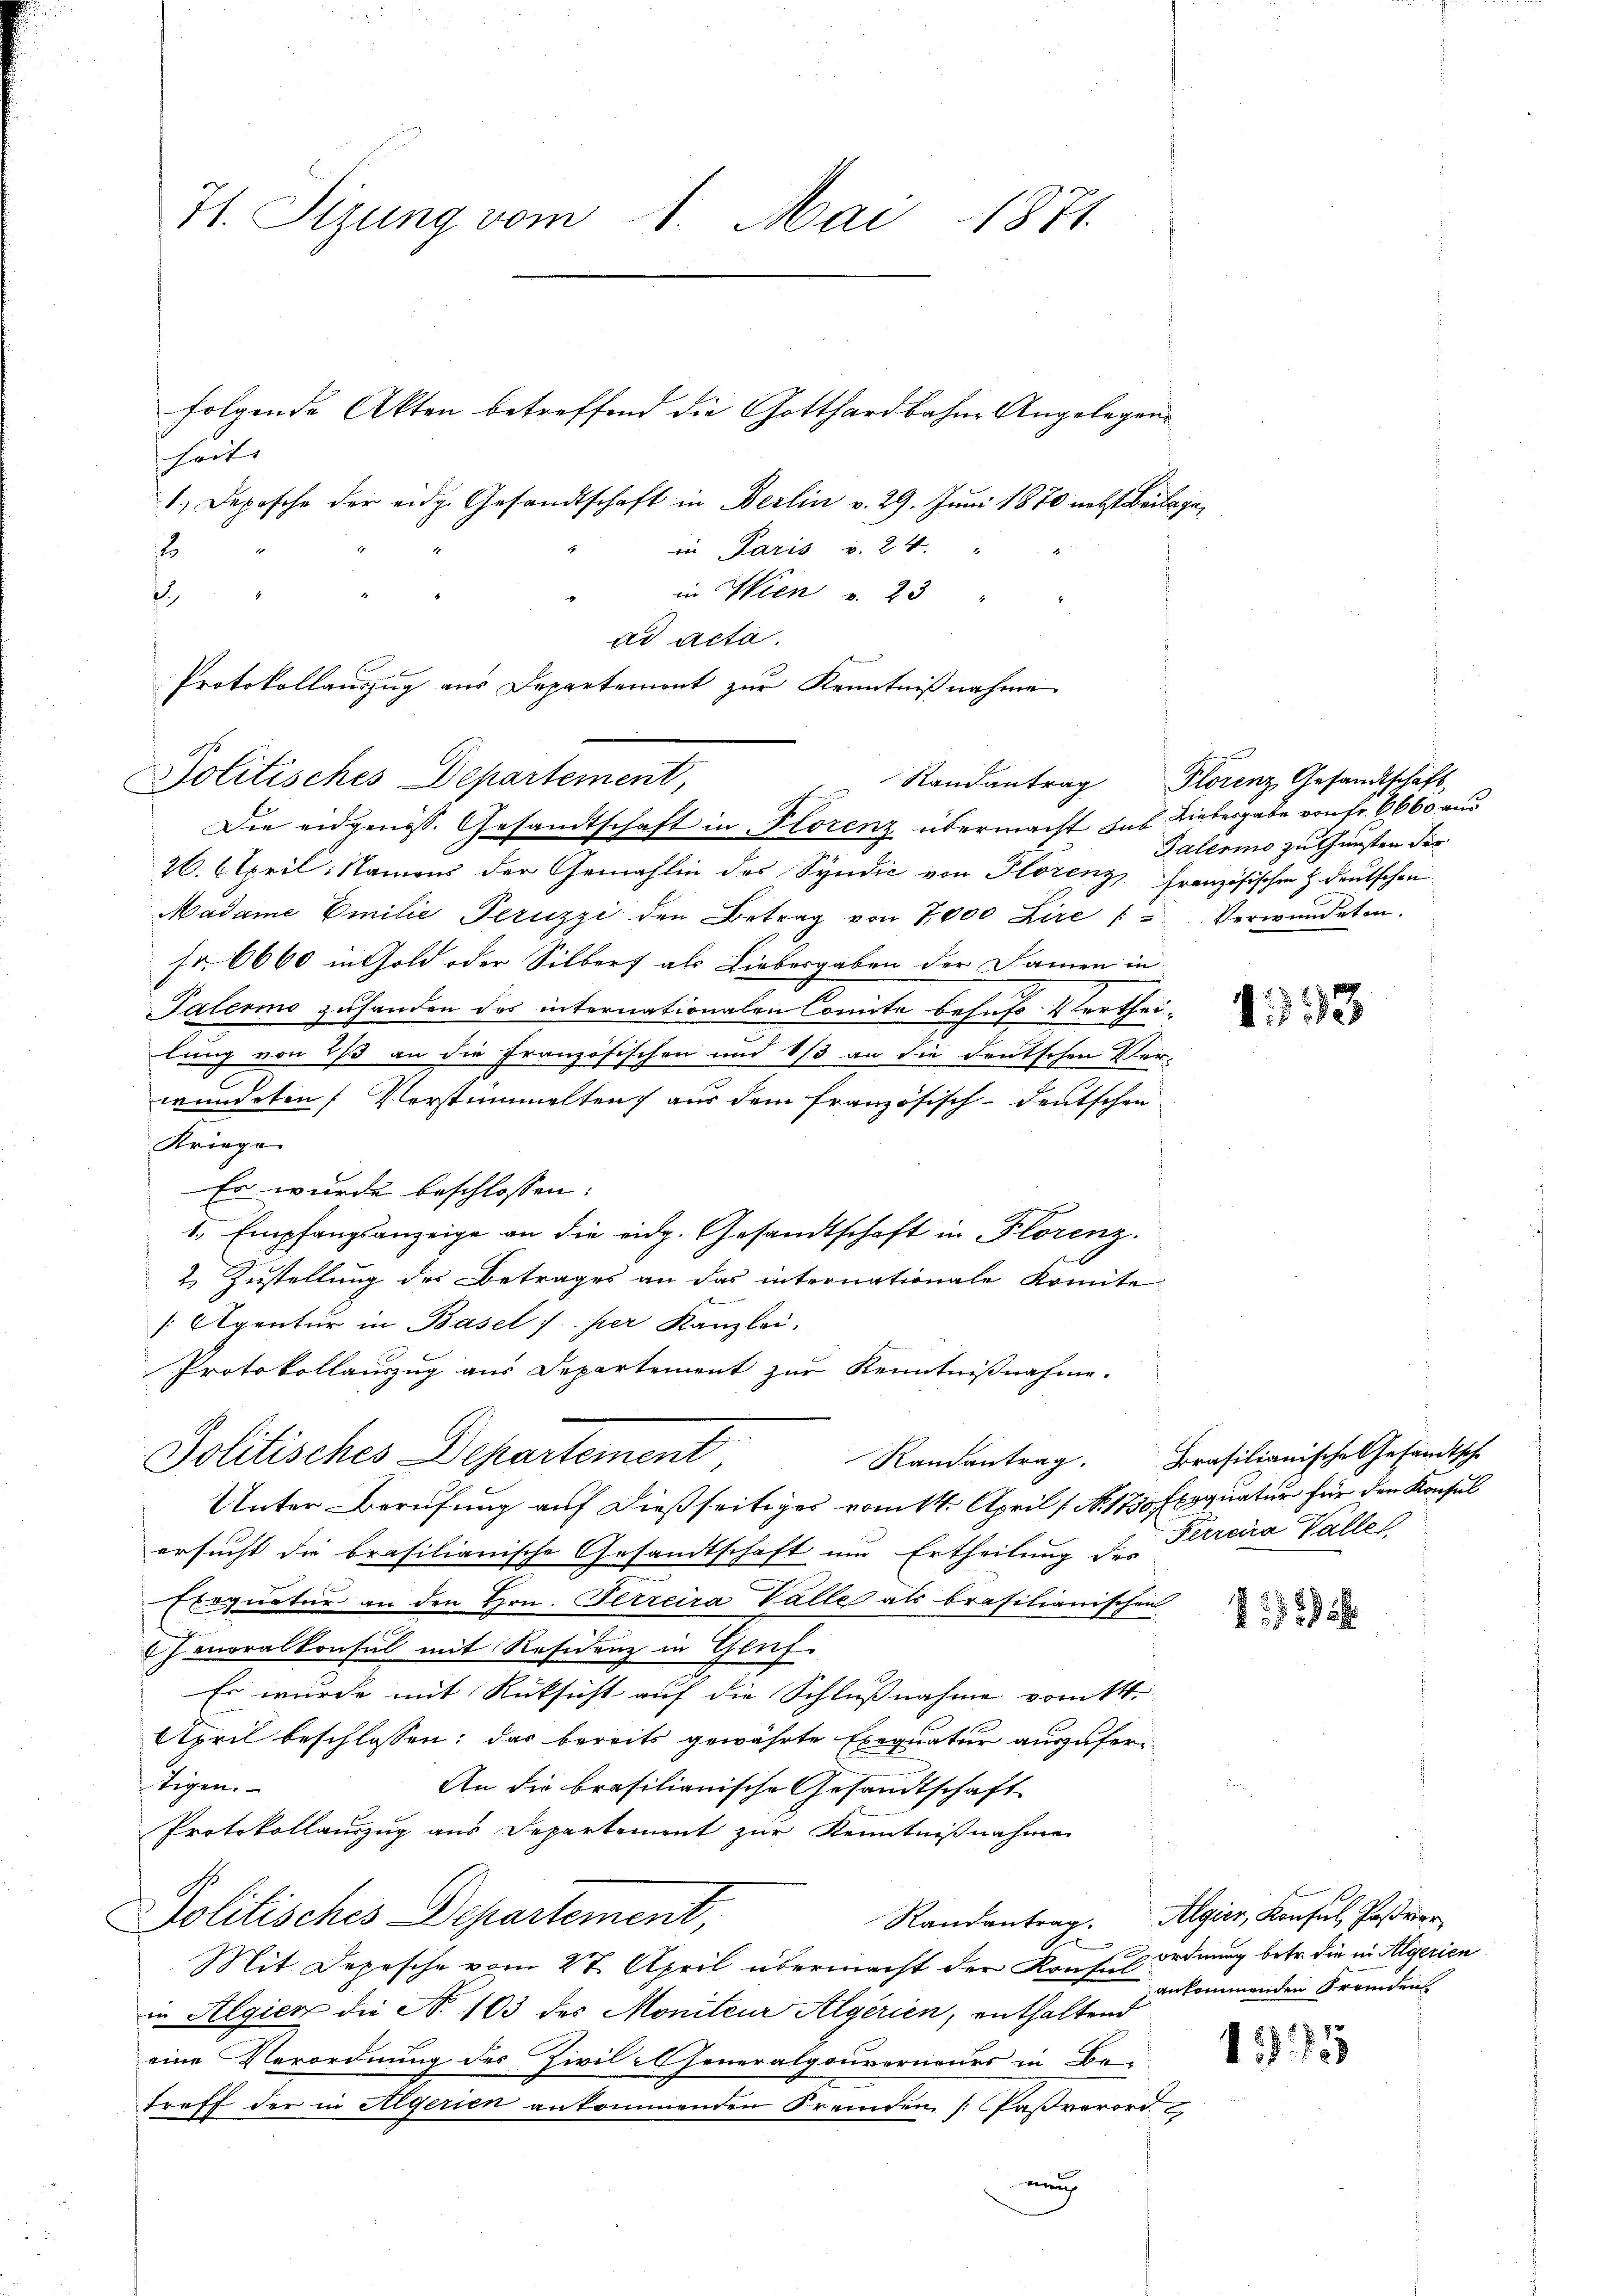
71. Sizung vom 1. Mai 1871.

Politisches Departement,

folgende Akten betreffend die Gotthardbahne Angelegenshorts
1.) Depesche der eidg. Gesandtschaft in Berlin v. 29. Juni 1870 nebst Beilage,
in Paris v. 24.
2
in Wien u. 23 " "
.
ad acta.
Protokollauszug aus Departement zur Kenntnißnahme

Politisches Departement

Die eidgenöss. Gesandtschaft in Florenz übermacht das Liebergabe von Fr. 6663 aus

26. April, Namens der Gemahlin des Syndić von Florenz, französischen & deutschen
Madame Emilie Peruzzi den Betrag von 7,000 Lire / Verwŭndeten.
Fr. 6660 in Gold oder Silbert als Liebergaben der Damen in
Palermo zuhanden das internationalen Comite behufs Verthei-
lung von 2/3 an die Französischen und 1/3 an die deutschen Ver-
wundeten Verstümmelten aus dem französisch-deutschen
Kriege
Es wurde beschlossen:
1. Empfangsanzeige an die eidg. Gesandtschaft in Florenz.
2 Zustellung des Betrages an das internationale Komite
Agentur in Basel s. per Kanzlei.
Protokollauszug aus Departement zur Kenntnißnahme.
Unter Berufung auf dießseitiges vom 14. April (N. 1750 Exequatur für den Konsul
ersucht die brasilianische Gesandtschaft um Ertheilung des
Exequatur an den Hrn. Ferreira Valle als brasilianischen
Generalkonsul mit Residenz in Gluf
Es wurde mit Rücksicht auf die Schlußnahme vom 14.
April beschlossen: das bereits gewährte Exequatur auszufertigen.
An die brasilianische Gesandtschaft
Protokollauszug aus Departement zur Kenntnißnahme
Politisches Departement,
Randantrag.
1
Mit Depesche vom 27. April übermacht der Konf. ordnung betr. die in Algerien
in Algien die N. 103 des Moniteur Algerien, enthaltend
eine Verordnung des Zivil Generalgouverneurs in Be-
treff der in Algerien ankommenden Fremden [Pasverord
auch

" Randantrag Florenz, Gesandtschaft
Galermo zu Gunsten der

4393

Randantrag. Brasilianische Gesandtsche
Perrena Walle

52

Algier, Konsul, Postverankommenden Fremden

175